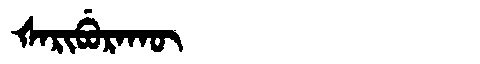
Manchu: ᡧᠠᡵᡳᠪᡠᡵᠠᡴᡡ
Romanization: ŠARIBURAKŪ